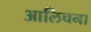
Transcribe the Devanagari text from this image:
आलिचना